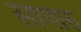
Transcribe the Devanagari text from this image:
सापारु